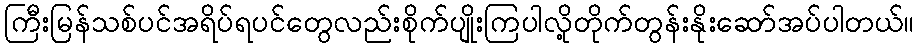
ကြီးမြန်သစ်ပင်အရိပ်ရပင်တွေလည်းစိုက်ပျိုးကြပါလို့တိုက်တွန်းနိုးဆော်အပ်ပါတယ်။